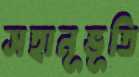
সহানূভূতি